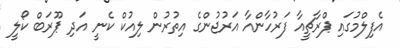
އެފިލްމުގައި ޕްރާޗީއާ ފަރުހާންއާ އަރުޖުންގެ އިތުރުން ލިއުކް ކެނީ އަދި ޕޫރަބް ކޯލީ